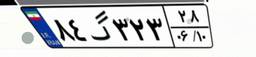
۳۹گ۵۰۴۱۰